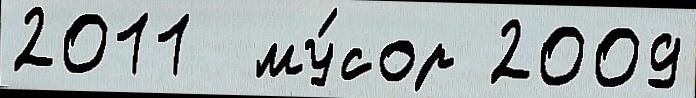
2011  му́сор 2009